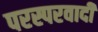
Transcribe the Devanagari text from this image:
परस्परवादी